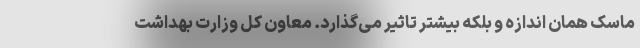
ماسک همان اندازه و بلکه بیشتر تاثیر می‌گذارد. معاون کل وزارت بهداشت